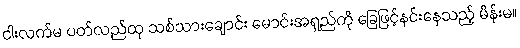
ငါးလက်မ ပတ်လည်ထု သစ်သားချောင်း မောင်းအရှည်ကို ခြေဖြင့်နင်းနေသည့် မိန်းမ။